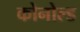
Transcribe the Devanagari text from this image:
कोनोल्ड